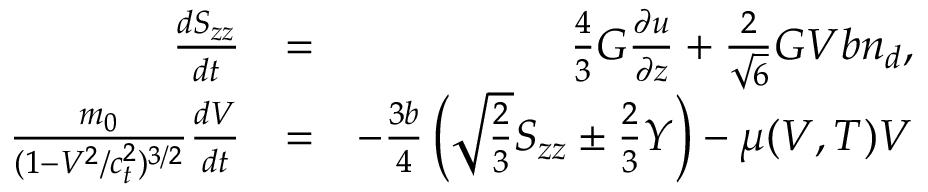
\begin{array} { r l r } { \frac { d S _ { z z } } { d t } } & { = } & { \frac { 4 } { 3 } G \frac { \partial u } { \partial z } + \frac { 2 } { \sqrt { 6 } } G V b n _ { d } , } \\ { \frac { m _ { 0 } } { ( 1 - V ^ { 2 } / c _ { t } ^ { 2 } ) ^ { 3 / 2 } } \frac { d V } { d t } } & { = } & { - \frac { 3 b } { 4 } \left( \sqrt { \frac { 2 } { 3 } } S _ { z z } \pm \frac { 2 } { 3 } Y \right) - \mu ( V , T ) V } \end{array}